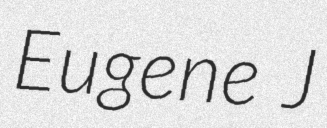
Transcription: Eugene J